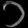
Digit: ၁